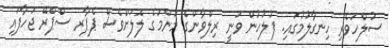
ސުލްހަވެރި ހިނގާލުމުގައި. ފުލުހުން ވަނީ ރިލްވާންގެ މަންމަގެ ލޮލަށްވެސް ޕެޕާރ ސްޕްރޭ ޖަހާފައި